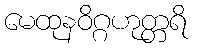
မေထုနဝိဂ္ဂဟုတ္တရိ